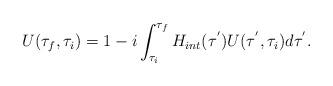
LaTeX: \begin{align*}U(\tau_{f},\tau_{i})=1-i\int_{\tau_{i}}^{\tau_{f}}H_{int}(\tau^{'})U(\tau^{'},\tau_{i})d\tau^{'}. \end{align*}